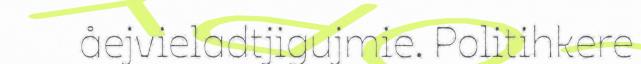
åejvieladtjigujmie. Politihkere